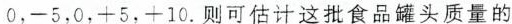
0，-5，0，+5，+10.则可估计这批食品罐头质量的